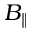
B _ { \parallel }